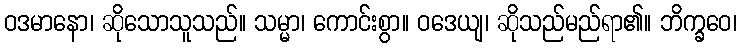
ဝဒမာနော၊ ဆိုသောသူသည်။ သမ္မာ၊ ကောင်းစွာ။ ဝဒေယျ၊ ဆိုသည်မည်ရာ၏။ ဘိက္ခဝေ၊